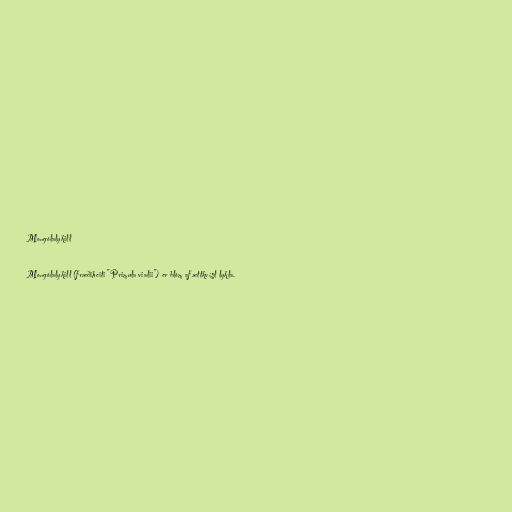
Mongólalykill

Mongólalykill (fræðiheiti "Primula vialii") er blóm af ættkvísl lykla.